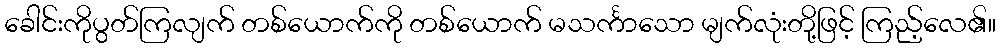
ခေါင်းကိုပွတ်ကြလျက် တစ်ယောက်ကို တစ်ယောက် မသင်္ကာသော မျက်လုံးတို့ဖြင့် ကြည့်လေ၏။